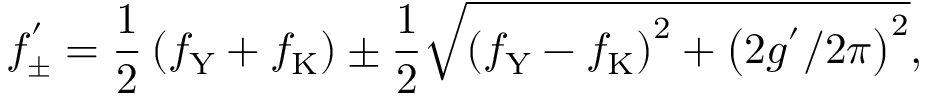
f _ { \pm } ^ { ' } = \frac { 1 } { 2 } \left( f _ { \mathrm { Y } } + f _ { \mathrm { K } } \right) \pm \frac { 1 } { 2 } \sqrt { \left( f _ { \mathrm { Y } } - f _ { \mathrm { K } } \right) ^ { 2 } + \left( 2 g ^ { ' } / 2 \pi \right) ^ { 2 } } ,